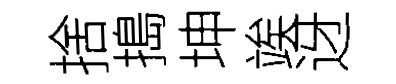
捨搗坤竢迓